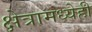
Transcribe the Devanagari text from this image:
क्षेत्रामध्येही